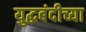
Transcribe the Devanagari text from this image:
युद्धबंदीच्या